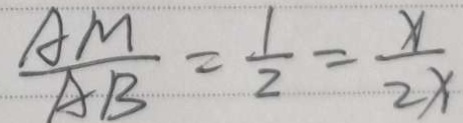
\frac { A M } { A B } = \frac { 1 } { 2 } = \frac { x } { 2 x }